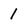
Character: 1